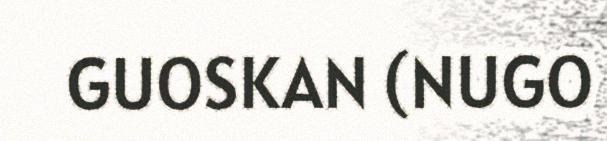
GUOSKAN (NUGO